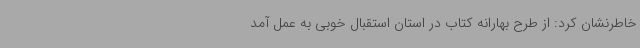
خاطرنشان کرد: از طرح بهارانه کتاب در استان استقبال خوبی به عمل آمد